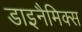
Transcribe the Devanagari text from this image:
डाइनैमिक्स